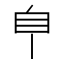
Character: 𦣺